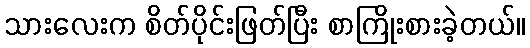
သားလေးက စိတ်ပိုင်းဖြတ်ပြီး စာကြိုးစားခဲ့တယ်။